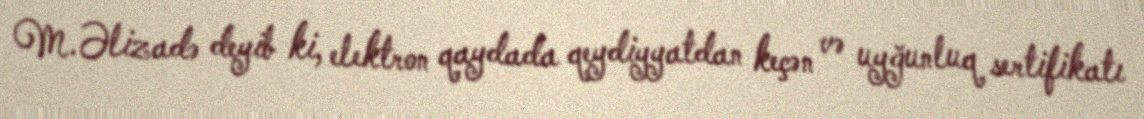
M.Əlizadə deyib ki, elektron qaydada qeydiyyatdan keçən və uyğunluq sertifikatı